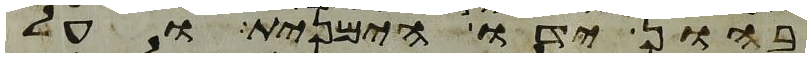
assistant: בהון ידו הימנית ועל